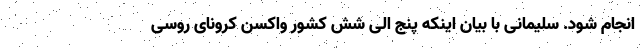
انجام شود. سلیمانی با بیان اینکه پنج الی شش کشور واکسن کرونای روسی